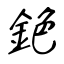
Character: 銫